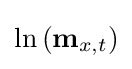
\ln {(\mathbf {m} _{x,t})}